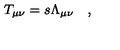
T _ { \mu \nu } = s \Lambda _ { \mu \nu } \quad ,